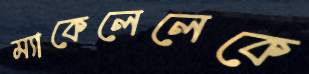
ম্যাকেলেলেকে